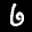
Label: 6